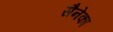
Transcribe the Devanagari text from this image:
सैनेका